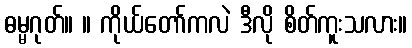
ဓမ္မဂုတ်။ ။ ကိုယ်တော်ကလဲ ဒီလို စိတ်ကူးသလား။